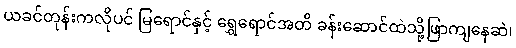
ယခင်တုန်းကလိုပင် မြရောင်နှင့် ရွှေရောင်အတိ ခန်းဆောင်ထဲသို့ဖြာကျနေဆဲ၊